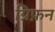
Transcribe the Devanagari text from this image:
ग्रिफ़न